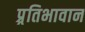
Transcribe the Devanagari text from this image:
प्र्रतिभावान